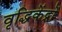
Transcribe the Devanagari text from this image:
वृद्धिकेंद्रों